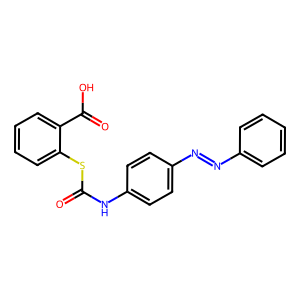
SMILES: O=C(Nc1ccc(N=Nc2ccccc2)cc1)Sc1ccccc1C(=O)O
Inhibits HIV replication: No